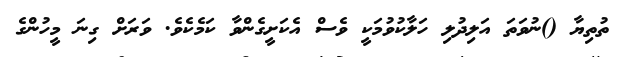
ތުތިޔާ ()ނުވަތަ އަލިދުލި ހަލާކުވުމަކީ ވެސް އެކަށީގެންވާ ކަމެކެވެ. ވަރަށް ގިނަ މީހުންގެ